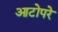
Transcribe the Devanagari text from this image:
आटोपरे